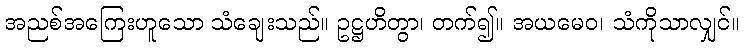
အညစ်အကြေးဟူသော သံချေးသည်။ ဥဋ္ဌဟိတွာ၊ တက်၍။ အယမေဝ၊ သံကိုသာလျှင်။